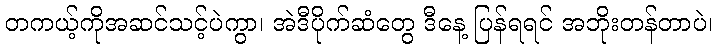
တကယ့်ကိုအဆင်သင့်ပဲကွာ၊ အဲဒီပိုက်ဆံတွေ ဒီနေ့ ပြန်ရရင် အဘိုးတန်တာပဲ၊